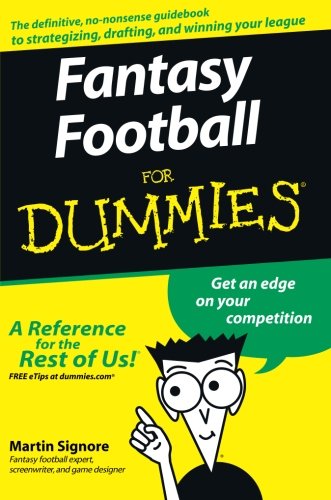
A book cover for Fantasy Football For Dummies; Martin Signore; Humor & Entertainment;